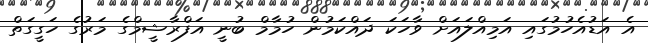
އެ އަޑުއެހުމުގައި އަމިއްލައަށް ވާހަކަ ދައްކަމުން ހުމާމް ބުނީ އަފްރާޝީމްގެ މަރުގެ ހަގީގަތް